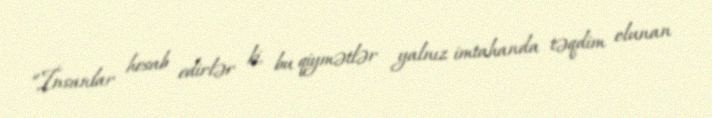
“İnsanlar hesab edirlər ki, bu qiymətlər yalnız imtahanda təqdim olunan